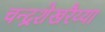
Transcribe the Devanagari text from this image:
चन्द्रशेखरैय्या